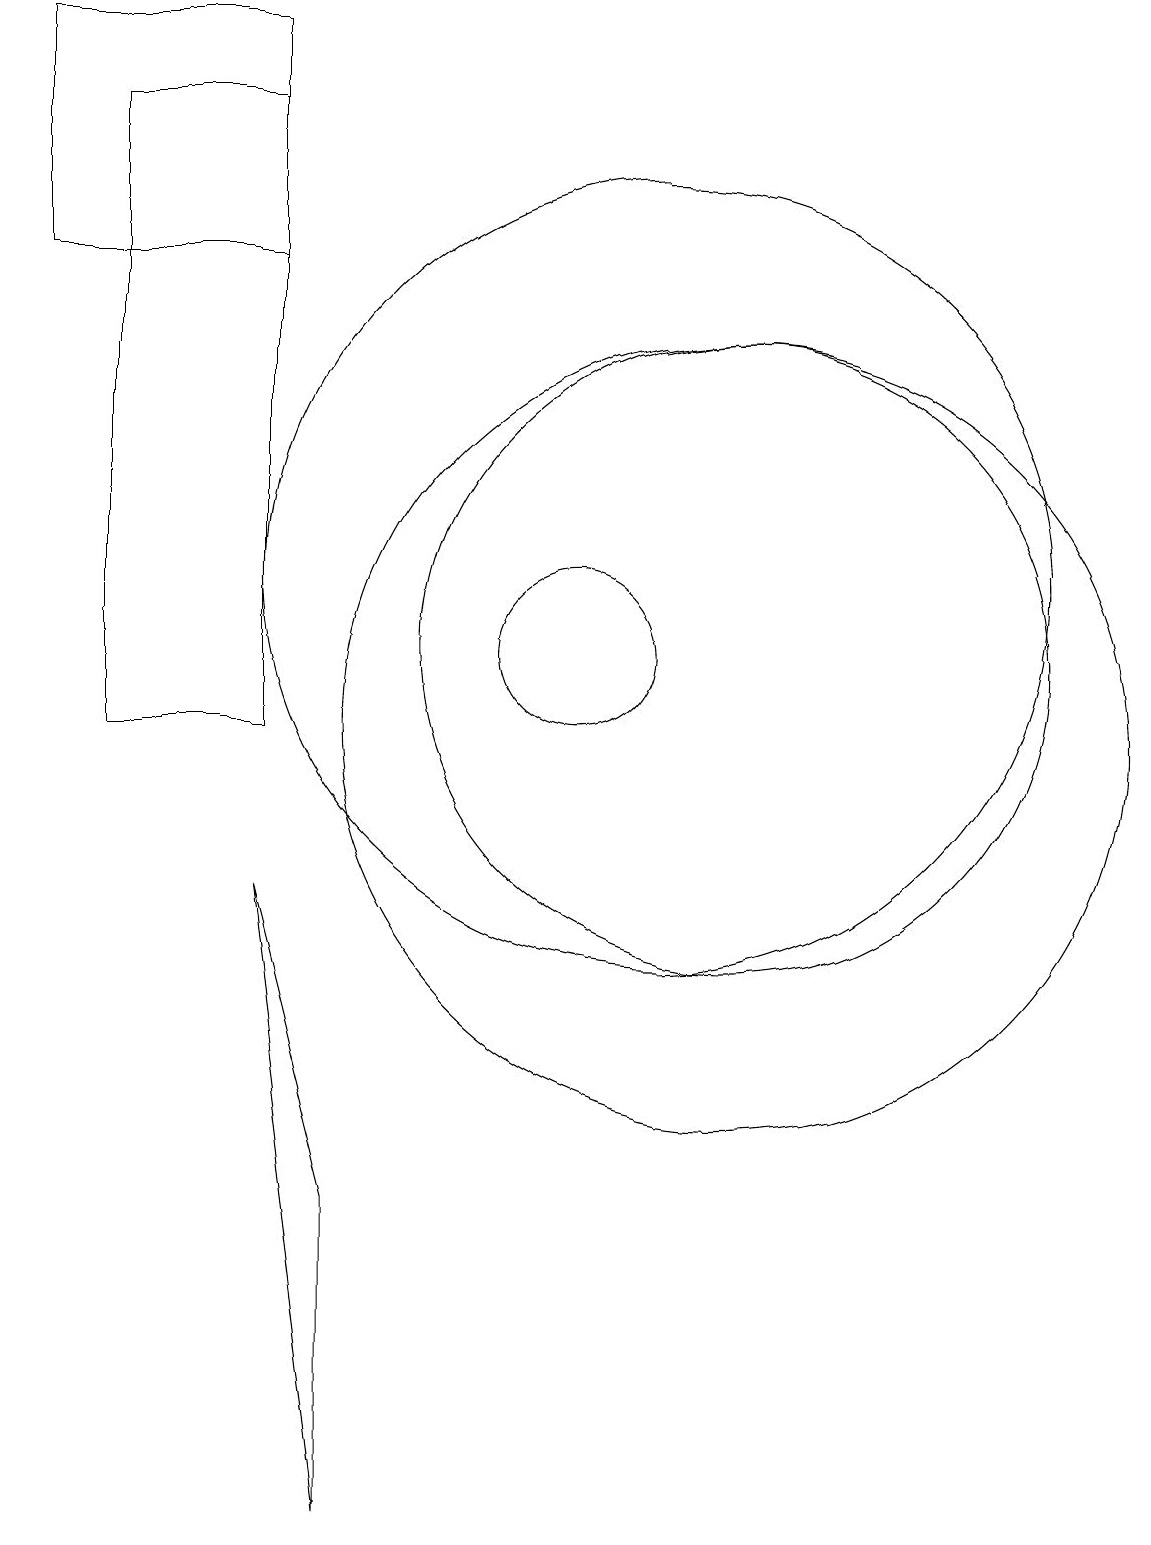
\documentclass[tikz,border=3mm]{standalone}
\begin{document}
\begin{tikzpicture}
\draw (12,11) circle (4);
\draw (11,12) circle (5);
\draw (6,8) -- (7,4) -- (7,0) -- cycle;
\draw (10,11) circle (1);
\draw (12,10) circle (5);
\draw (3,19) rectangle (6,16);
\draw (4,18) rectangle (6,10);
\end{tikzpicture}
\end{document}